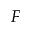
F